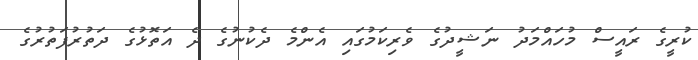
ކުރީގެ ރައީސް މުހައްމަދު ނަޝީދުގެ ވެރިކަމުގައި އެންމެ ދެކުނުގެ ދެ އަތޮޅުގެ ދަތުރުފަތުރުގެ